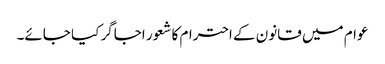
عوام میں قانون کے احترام کا شعور اجاگر کیا جائے۔